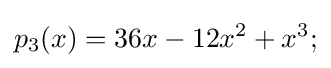
p_{3}(x)=36x-12x^{2}+x^{3};